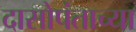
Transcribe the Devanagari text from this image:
दासोपंताच्या